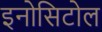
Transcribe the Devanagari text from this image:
इनोसिटोल